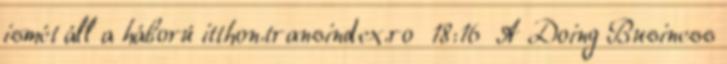
ismét áll a háború itthon.transindex.ro 18:16 A Doing Business